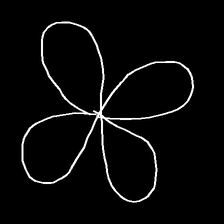
Glyph: billowing